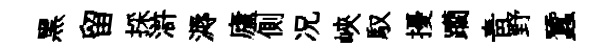
黑留採滸溽廬側况峽馭擾躪青野蠶